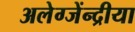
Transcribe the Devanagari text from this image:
अलेग्जेंन्द्रीया